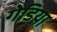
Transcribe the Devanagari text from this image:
गेडिया